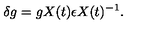
\delta g = g X ( t ) \epsilon X ( t ) ^ { - 1 } .